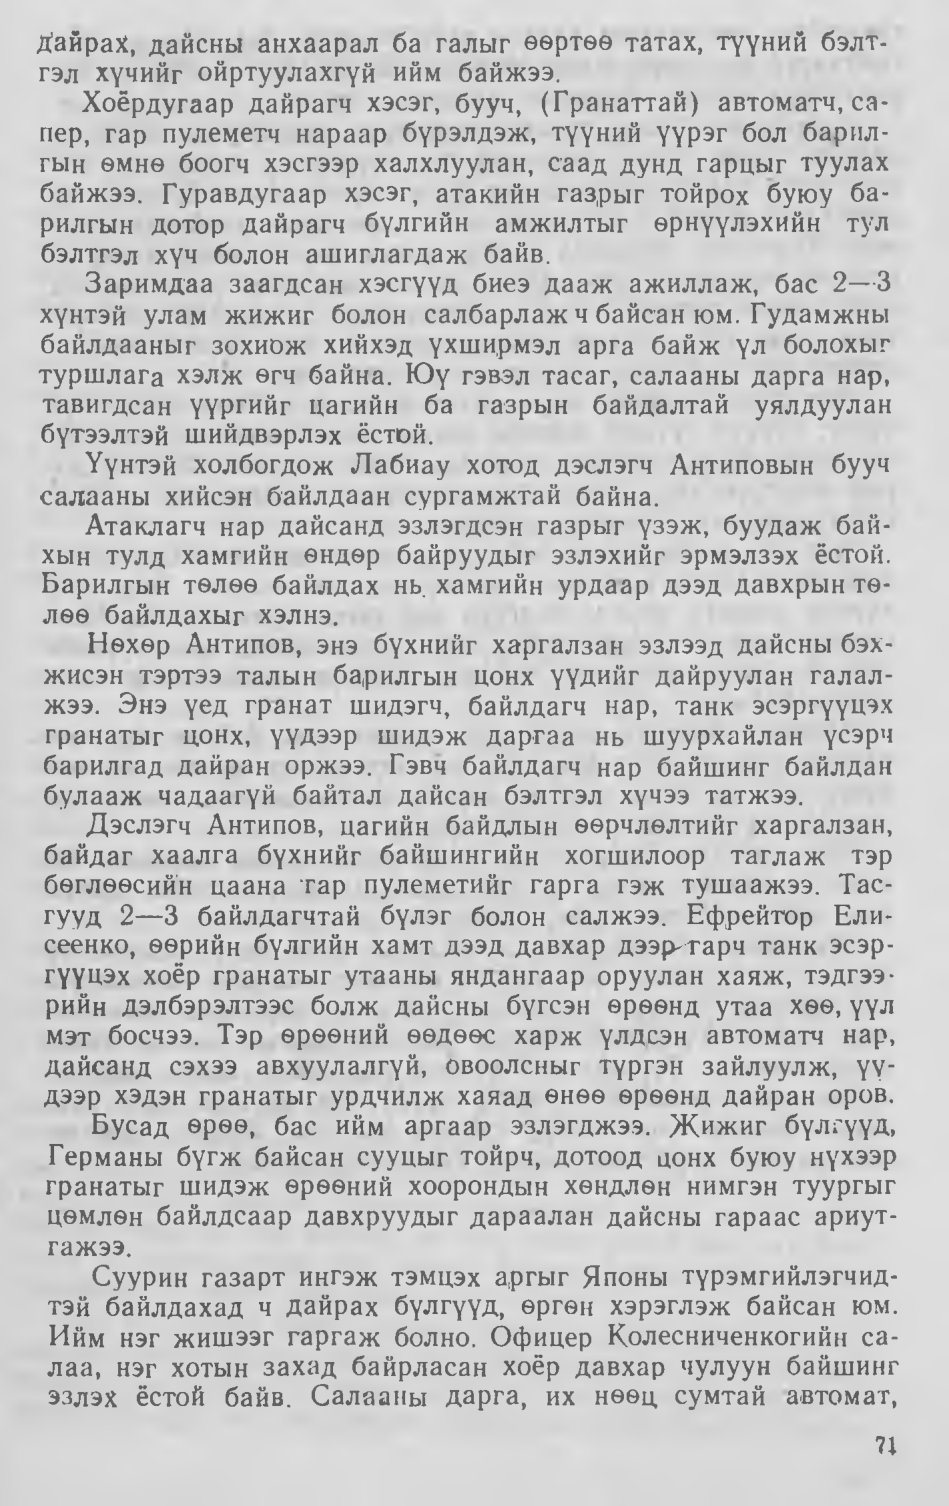
Language: mn